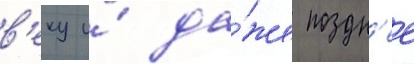
в'еку и́ да́же поздн'ее